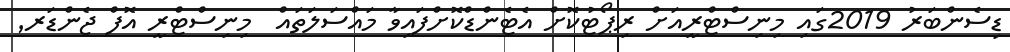
ޑިސެންބަރު 2019ގައި މިނިސްޓްރީއަށް ރިޕޯޓުކޮށް އެޓެންޑްކޮށްފައިވާ މައްސަލަތައް  މިނިސްޓްރީ އޮފް ޖެންޑަރ